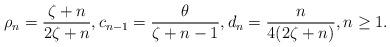
LaTeX: \begin{align*}\rho_{n}=\dfrac{\zeta+n}{2\zeta+n}, c_{n-1} = \dfrac{\theta}{\zeta+n-1}, d_{n} = \dfrac{n}{4(2\zeta+n)}, n \geq 1.\end{align*}